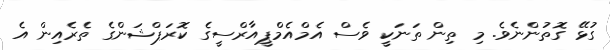
ގުޅޭ ގޮތުންނެވެ. މި ތިން ތަނަކީ ވެސް އެމްއެމްޕީއާރްސީގެ ކޮރަޕްޝަންގެ ތެރެއިން އެ